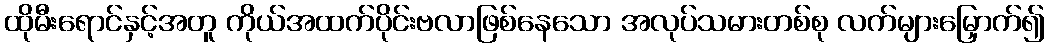
ထိုမီးရောင်နှင့်အတူ ကိုယ်အထက်ပိုင်းဗလာဖြစ်နေသော အလုပ်သမားတစ်စု လက်များမြှောက်၍